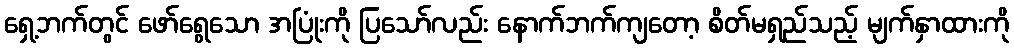
ရှေ့ဘက်တွင် ဖော်ရွေသော အပြုံးကို ပြသော်လည်း နောက်ဘက်ကျတော့ စိတ်မရှည်သည့် မျက်နှာထားကို